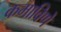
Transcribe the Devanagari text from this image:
कमाविणे